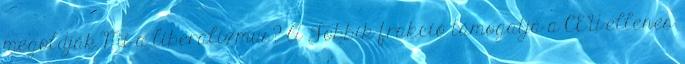
megoldják Mi a liberalizmus? A Jobbik-frakció támogatja a CEU-ellenes